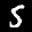
Label: 5